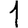
Digit: 1